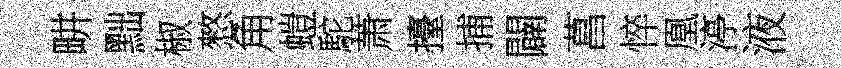
畊黜椒憗角螘駝萧擡捕闢菖悴凰渟液